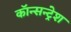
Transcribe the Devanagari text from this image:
कॉन्सन्ट्रेश